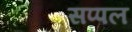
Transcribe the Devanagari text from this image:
सप्पल